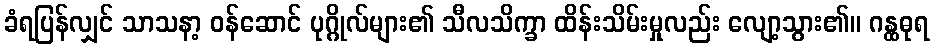
ခံရပြန်လျှင် သာသနာ့ ဝန်ဆောင် ပုဂ္ဂိုလ်များ၏ သီလသိက္ခာ ထိန်းသိမ်းမှုလည်း လျော့သွား၏။ ဂန္ထဓုရ